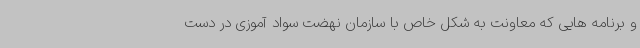
و برنامه هایی که معاونت به شکل خاص با سازمان نهضت سواد آموزی در دست